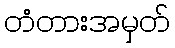
တံတားအမှတ်